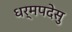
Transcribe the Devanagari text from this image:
धर्मपदेसु